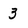
Character: 3